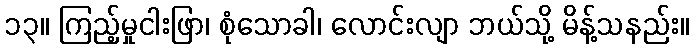
၁၃။ ကြည့်မှုငါးဖြာ၊ စုံသောခါ၊ လောင်းလျာ ဘယ်သို့ မိန့်သနည်း။